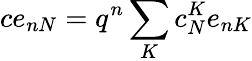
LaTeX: ce_{nN}=q^{n}\sum_{K}c_{N}^{K}e_{nK}